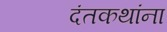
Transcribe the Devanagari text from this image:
दंतकथांना